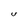
Character: U